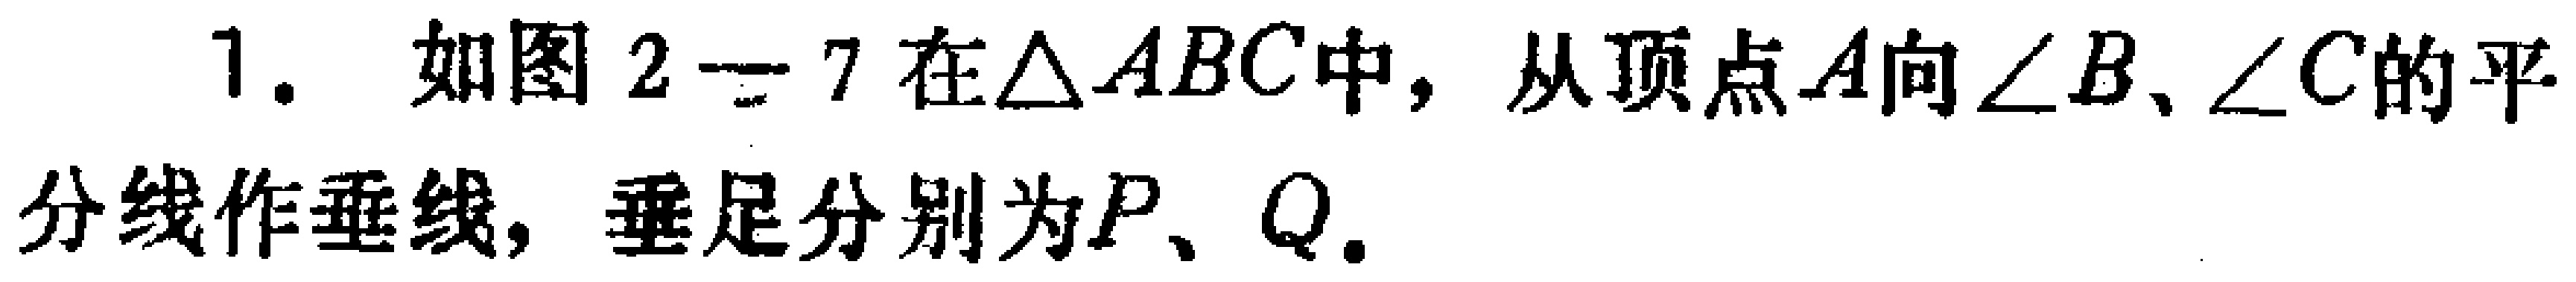
1. 如图2 - 7在\(\triangle ABC\)中，从顶点\(A\)向\(\angle B\)、\(\angle C\)的平分线作垂线，垂足分别为\(P\)、\(Q\)。